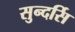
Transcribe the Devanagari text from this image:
सुन्दर्सि